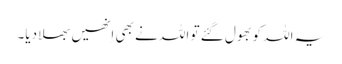
یہ اللہ کو بھول گئے تو اللہ نے بھی اِنھیں بھلا دیا۔